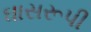
ઘાસરૂપી